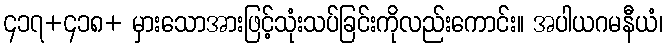
၄၁၇+၄၁၈+ မှားသောအားဖြင့်သုံးသပ်ခြင်းကိုလည်းကောင်း။ အပါယဂမနီယံ၊